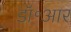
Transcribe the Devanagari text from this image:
डॉ॰आर